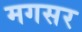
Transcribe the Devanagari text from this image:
मगसर